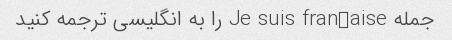
جمله Je suis française را به انگلیسی ترجمه کنید